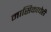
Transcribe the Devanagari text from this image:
मासिकाचेही